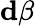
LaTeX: \mathbf{d}\beta